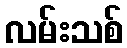
လမ်းသစ်